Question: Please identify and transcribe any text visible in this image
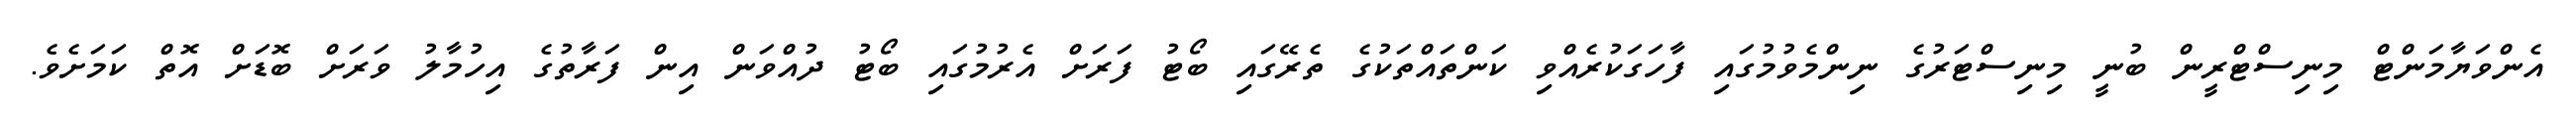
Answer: އެންވަޔާމަންޓް މިނިސްޓްރީން ބުނީ މިނިސްޓަރުގެ ނިންމެވުމުގައި ފާހަގަކުރެއްވި ކަންތައްތަކުގެ ތެރޭގައި ބޯޓު ފަރަށް އެރުމުގައި ބޯޓު ދުއްވަން އިން ފަރާތުގެ އިހުމާލު ވަރަށް ބޮޑަށް އޮތް ކަމަށެވެ.